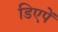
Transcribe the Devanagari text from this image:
डिएपें